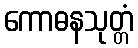
ကောဓနသုတ္တံ